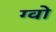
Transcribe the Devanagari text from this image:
ग्वो